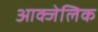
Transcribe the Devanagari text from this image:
आक्जेलिक